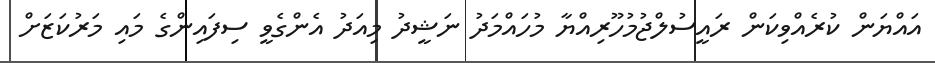
އައްޔަން ކުރެއްވިކަން ރައީސުލްޖުމުހޫރިއްޔާ މުހައްމަދު ނަޝީދު މިއަދު އެންގެވީ ސިފައިންގެ މައި މަރުކަޒަށް